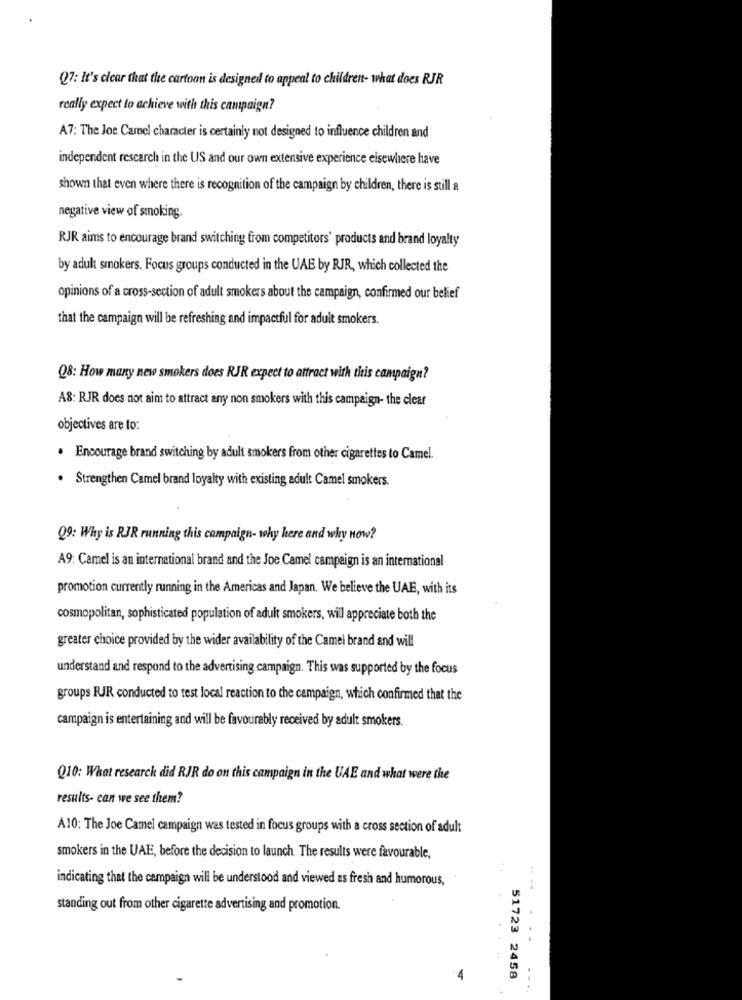
Q7: It's clear that the cartoon is designed to appeal to children- what does RJR
really expect to achieve with this campaign?
A7: The Joe Camel character is certainly not designed to influence children and
independent research in the US and our own extensive experience elsewhere have
shown that even where there is recognition of the campaign by children, there is still a
negative view of smoking.
RJR aims to encourage brand switching from competitors' products and brand loyalty
by adult smokers. Focus groups conducted in the UAE by RJR, which collected the
opinions of a cross-section of adult smokers about the campaign, confirmed our belief
that the campaign will be refreshing and impactful for adult smokers.
Q8: How many new smokers does RJR expect to attract with this campaign?
A8: RJR does not aim to attract any non smokers with this campaign- the clear
objectives are to:
. Encourage brand switching by adult smokers from other cigarettes to Camel.
. Strengthen Camel brand loyalty with existing adult Camel smokers.
Q9: Why is RJR running this campaign- why here and why now?
A9: Camel is an international brand and the Joe Camel campaign is an international
promotion currently running in the Americas and Japan. We believe the UAE, with its
cosmopolitan, sophisticated population of adult smokers, will appreciate both the
greater choice provided by the wider availability of the Camel brand and will
understand and respond to the advertising campaign. This was supported by the focus
groups RJR conducted to test local reaction to the campaign, which confirmed that the
campaign is entertaining and will be favourably received by adult smokers.
Q10: What research did RJR do on this campaign in the UAE and what were the
results- can we see them?
A10: The Joe Camel campaign was tested in focus groups with a cross section of adult
smokers in the UAE, before the decision to launch The results were favourable,
indicating that the campaign will be understood and viewed as fresh and humorous,
standing out from other cigarette advertising and promotion.
..
4
51723 2458
--..